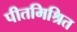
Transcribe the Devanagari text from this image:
पीतमिश्रित